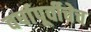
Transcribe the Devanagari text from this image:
वर्षापूर्वीचेच